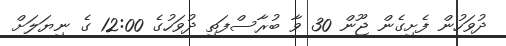
ދުވަހުން ފެށިގެން ޖޫން 30 ވާ ބުރާސްފަތި ދުވަހުގެ 12:00 ގެ ނިޔަލަށް